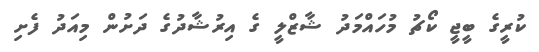
ކުރީގެ ބީޖީ ކޯޗު މުހައްމަދު ޝާޒްލީ ގެ އިރުޝާދުގެ ދަށުން މިއަދު ފެށި